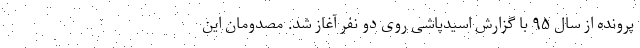
پرونده از سال ۹۵ با گزارش اسیدپاشی روی دو نفر آغاز شد. مصدومان این